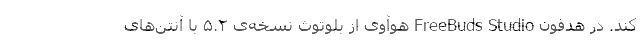
کند. در هدفون FreeBuds Studio هوآوی از بلوتوث نسخه‌ی ۵.۲ با آنتن‌های